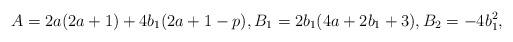
LaTeX: \begin{align*} A = 2a(2a+1) + 4b_1(2a+1-p), B_1 = 2b_1(4a+2b_1+3), B_2 = - 4b_1^2,\end{align*}